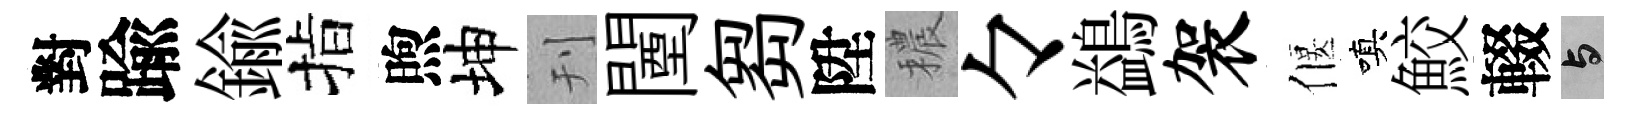
對踰鍮指煦坤刊闉芻陞穠々鷁袈偃嗔鮫輟与